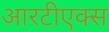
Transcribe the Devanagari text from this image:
आरटीएक्स